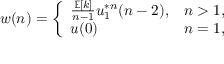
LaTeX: w ( n ) = { \left\{ \begin{array} { l l } { { \frac { \mathbb { E } [ k ] } { n - 1 } } u _ { 1 } ^ { * n } ( n - 2 ) , } & { n > 1 , } \\ { u ( 0 ) } & { n = 1 , } \end{array} \right. }